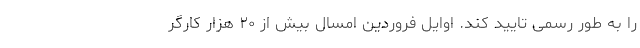
را به طور رسمی تایید کند. اوایل فروردین امسال بیش از ۲۰ هزار کارگر